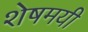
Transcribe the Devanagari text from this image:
शेषमयी